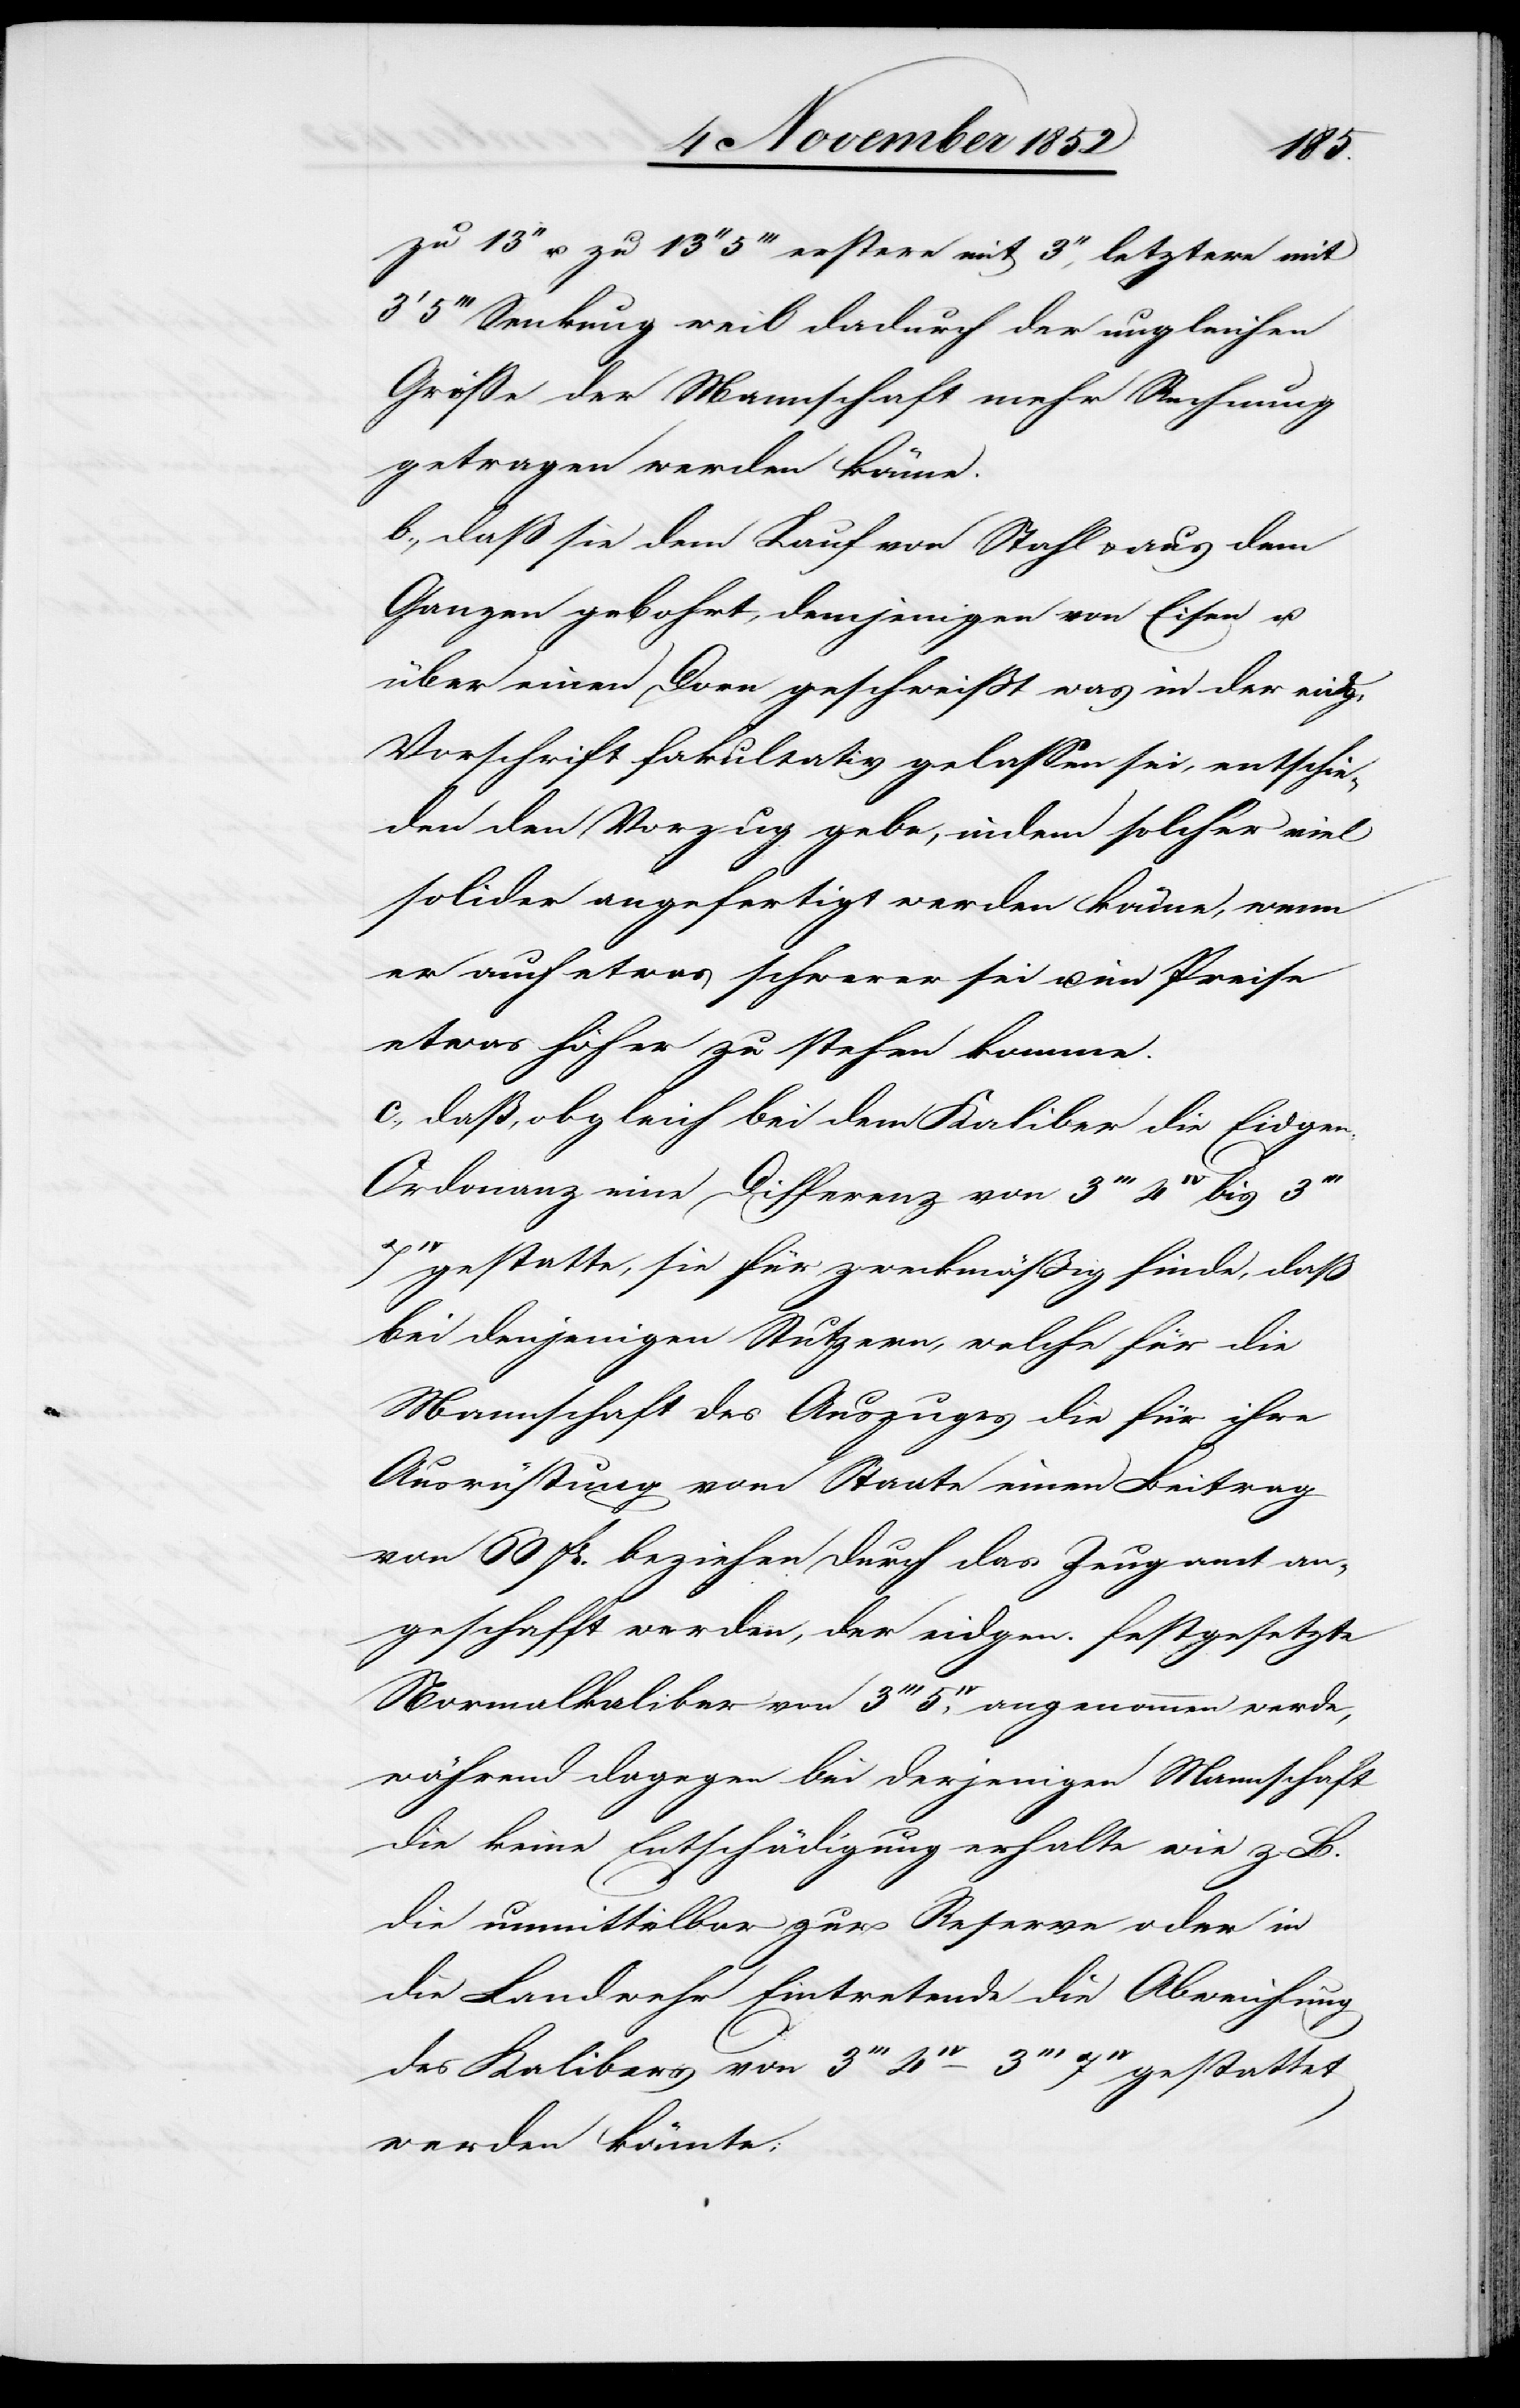
zu 13‘‘ u. zu 13‘‘ 5‘‘‘ erstere mit 3‘‘, letztere mit
5‘‘‘ Senkung weil dadurch der ungleichen
Größe der Mannschaft mehr Rechnung
getragen werden könne.
b., daß sie dem Lauf von Stahl & aus dem
Ganzen gebohrt, demjenigen von Eisen u.
über einen Dorn geschweißt was in der eidg:
Vorschrift fakultativ gelassen sei, entschie¬
den den Vorzug gebe, indem solcher viel
solider angefertigt werden könne, wenn
er auch etwas schwerer sei u. im Preise
etwas höher zu stehen komme.
c., daß, obgleich bei dem Kaliber die Eidgen:
Ordonanz eine Differenz von 3III 4IV bis 3I¬
II
gestatte, sie für zweckmäßig finde, daß
bei denjenigen Stutzern, welche für die
Mannschaft des Auszuges die für ihre
Ausrüstung vom Staate einen Beitrag
von 60 Fr. beziehen durch das Zeugamt an¬
geschafft werden, der eidgen. festgesetzte
Normalkaliber von 3III 5IV, angenommen werde,
während dagegen bei derjenigen Mannschaft
die keine Entschädigung erhalte wie z. B.
die unmittelbar zur Reserve oder in
die Landwehr Eintretende die Abweichung
des Kalibers von 3III 4IV–3III 7IV gestattet
werden könnte;